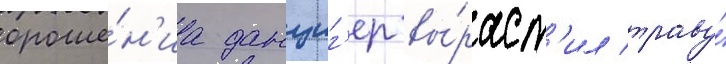
ороше́н'иа данциг'ер вы́раст'ил траву́